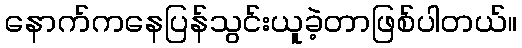
နောက်ကနေပြန်သွင်းယူခဲ့တာဖြစ်ပါတယ်။